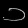
Digit: ၁